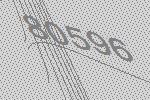
80596